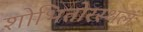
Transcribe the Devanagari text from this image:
शोभितोरस्थलं